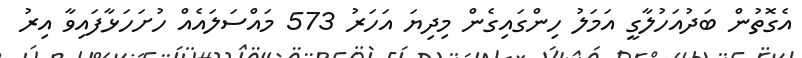
އެގޮތުން ބަދުއަހުލާގީ އަމަލު ހިންގައިގެން މިދިޔަ އަހަރު 573 މައްސަލައެއް ހުށަހަޅާފައިވާ އިރު